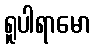
ရူပါရာမော